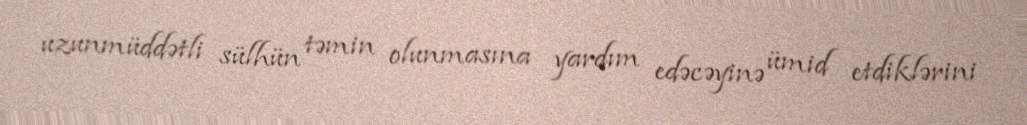
uzunmüddətli sülhün təmin olunmasına yardım edəcəyinə ümid etdiklərini